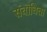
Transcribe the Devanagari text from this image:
संबोधिता